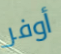
أوفر